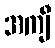
အကျီ